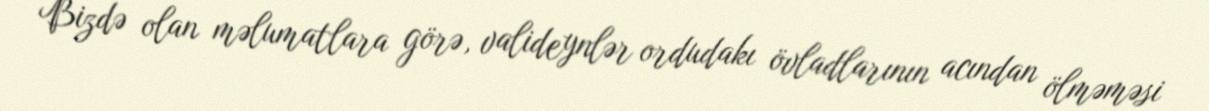
Bizdə olan məlumatlara görə, valideynlər ordudakı övladlarının acından ölməməsi